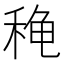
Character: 𬓫